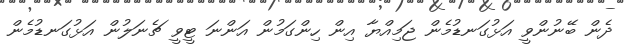
ދެން ބޭނުންވީ އަޅުގަނޑުމެން ޖަމިއްޔާ އިން ހިންގަމުން އަންނަ ޓީވީ ޗެނަލުން އަޅުގަނޑުމެން